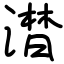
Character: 澘